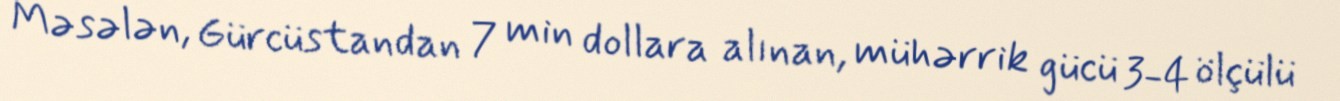
Məsələn, Gürcüstandan 7 min dollara alınan, mühərrik gücü 3-4 ölçülü